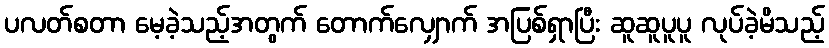
ပလတ်စတာ မေ့ခဲ့သည့်အတွက် တောက်လျှောက် အပြစ်ရှာပြီး ဆူဆူပူပူ လုပ်ခဲ့မိသည့်